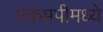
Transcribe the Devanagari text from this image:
एक्सपीमध्ये